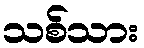
သစ်သား